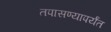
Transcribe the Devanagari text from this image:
तपासण्यापर्यंत